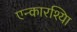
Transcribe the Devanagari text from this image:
एन्कारश्यिा